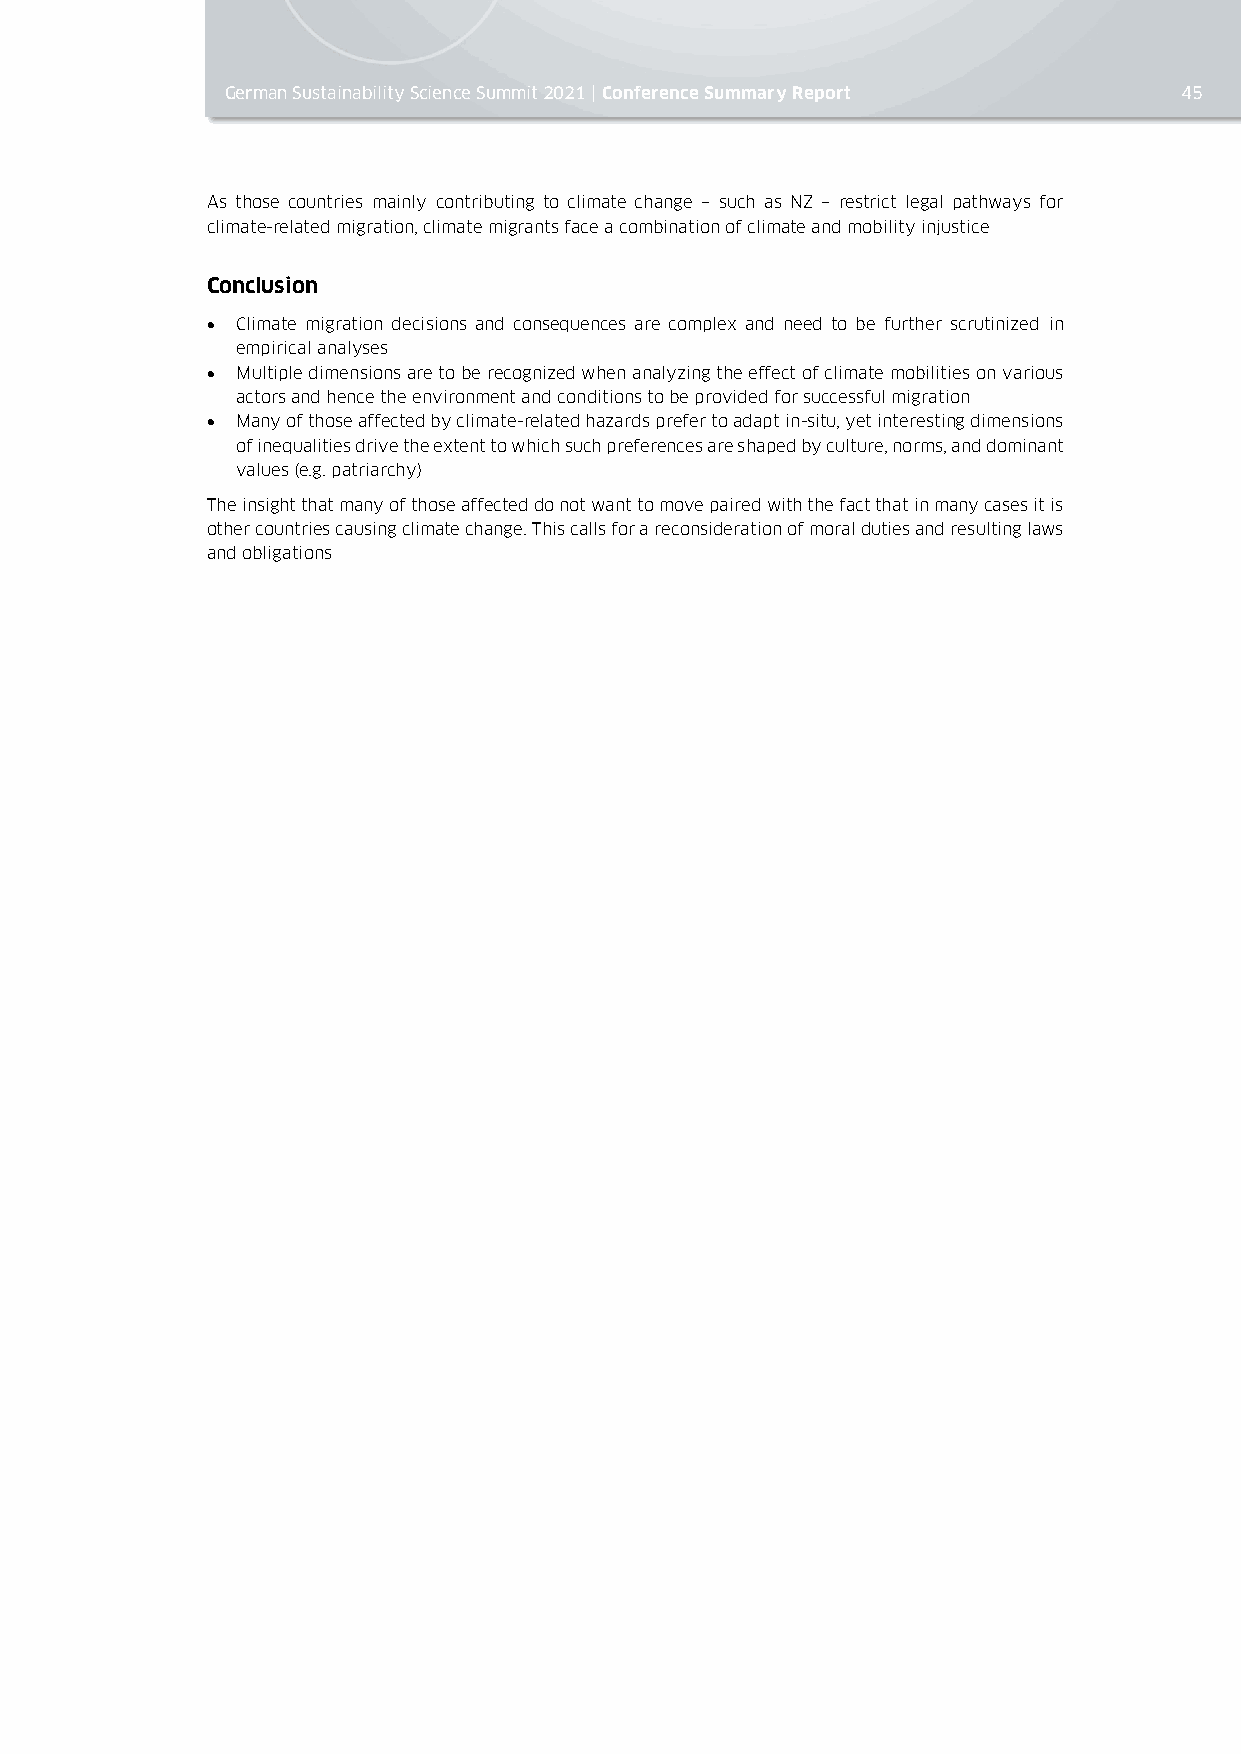
German Sustainability Science Summit 2021 | Conference Summary Report 45
 As those countries mainly contributing to climate change – such as NZ – restrict legal pathways for
 climate-related migration, climate migrants face a combination of climate and mobility injustice
 Conclusion
 • Climate migration decisions and consequences are complex and need to be further scrutinized in
 empirical analyses
 • Multiple dimensions are to be recognized when analyzing the effect of climate mobilities on various
 actors and hence the environment and conditions to be provided for successful migration
 • Many of those affected by climate-related hazards prefer to adapt in-situ, yet interesting dimensions
 of inequalities drive the extent to which such preferences are shaped by culture, norms, and dominant
 values (e.g. patriarchy)
 The insight that many of those affected do not want to move paired with the fact that in many cases it is
 other countries causing climate change. This calls for a reconsideration of moral duties and resulting laws
 and obligations